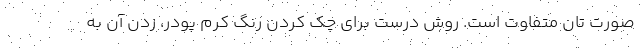
صورت تان متفاوت است. روش درست برای چک کردن رنگ کرم پودر، زدن آن به